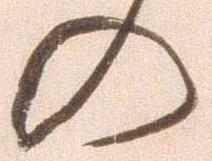
の